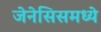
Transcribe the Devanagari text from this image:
जेनेसिसमध्ये